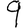
Digit: 9